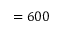
= 6 0 0